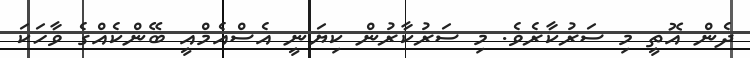
ދެން އޮތީ މި ސަރުކާރެވެ. މި ސަރުކާރުން ކިޔަނީ އެސްއެމްއީ ބޭންކެއްގެ ވާހަކަ